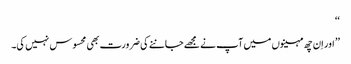
‘‘
’’ اور اِن چھ مہینوں میں آپ نے مجھے جاننے کی ضرورت بھی محسوس نہیں کی۔